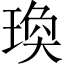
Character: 瑍